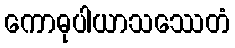
ကောဓုပါယာသဿေတံ